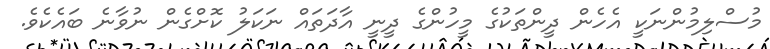
މުސްލިމުންނަކީ އެހެން ދީންތަކުގެ މީހުންގެ ދީނީ އާދަތައް ނަކަލު ކޮށްގެން ނުވާނެ ބައެކެވެ.